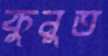
কুনুত